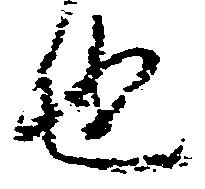
也